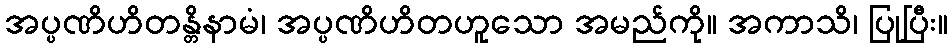
အပ္ပဏိဟိတန္တိနာမံ၊ အပ္ပဏိဟိတဟူသော အမည်ကို။ အကာသိ၊ ပြုပြီး။